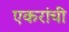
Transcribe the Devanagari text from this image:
एकरांची